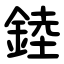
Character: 錴